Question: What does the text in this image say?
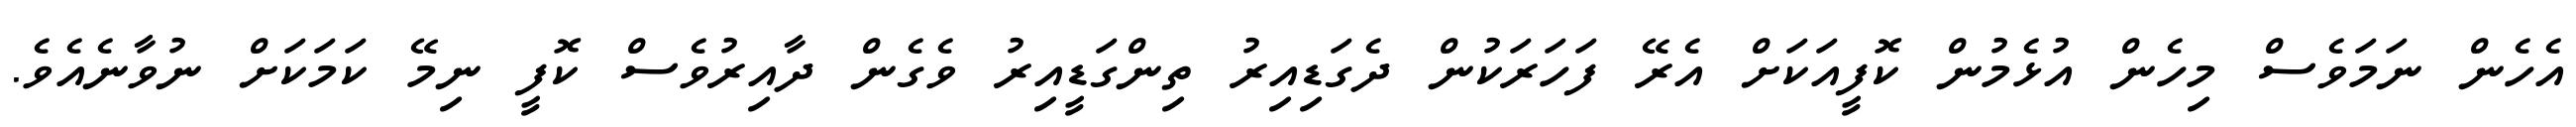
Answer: އެހެން ނަމަވެސް މިހެން އުޅެމުން ކޮފީއަކަށް އެރޭ ފަހަރަކުން ދެގަޑިއިރު ތިންގަޑީއިރު ވެގެން ދާއިރުވެސް ކޮފީ ނިމޭ ކަމަކަށް ނުވާނެއެވެ.